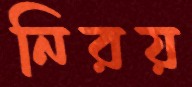
নিরয়